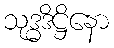
သုဒ္ဓဒိဋ္ဌိနော